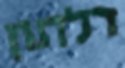
דלתון